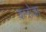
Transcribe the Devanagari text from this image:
कनोडा